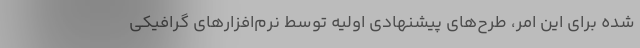
شده برای این امر، طرح‌های پیشنهادی اولیه توسط نرم‌افزارهای گرافیکی